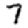
Digit: 7